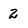
Character: 2